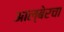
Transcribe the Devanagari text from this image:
आल्बेरचा